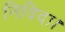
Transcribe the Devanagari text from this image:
निविदा।